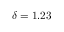
\delta = 1 . 2 3